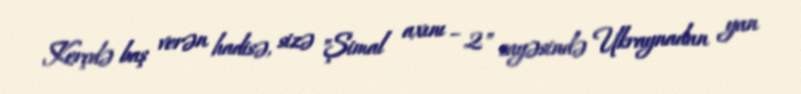
Kerçdə baş verən hadisə, sizə "Şimal axını – 2" sayəsində Ukraynadan yan